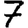
Digit: 7